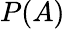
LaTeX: P(A)